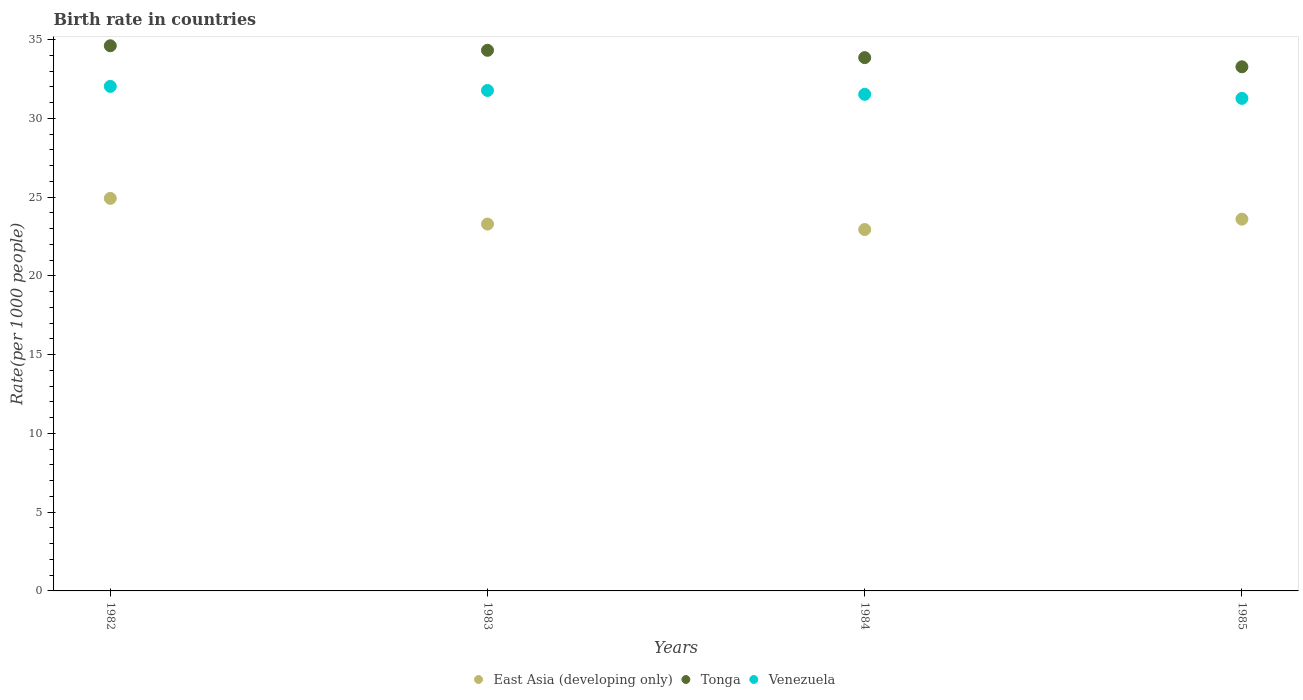
| Years | East Asia (developing only) | Tonga | Venezuela |
 | --- | --- | --- | --- |
 | 1982 | 24.9 | 34.6 | 32 |
 | 1983 | 23.3 | 34.3 | 31.8 |
 | 1984 | 22.9 | 33.9 | 31.5 |
 | 1985 | 23.6 | 33.3 | 31.3 |